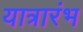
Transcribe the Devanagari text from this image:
यात्रारंभ